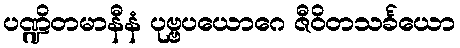
ပဏ္ဍိတမာနီနံ ပုဗ္ဗပယောဂေ ဇီဝိတသင်္ခယော